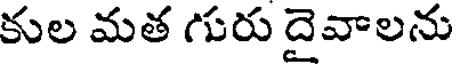
కుల మత గురు దైవాలను